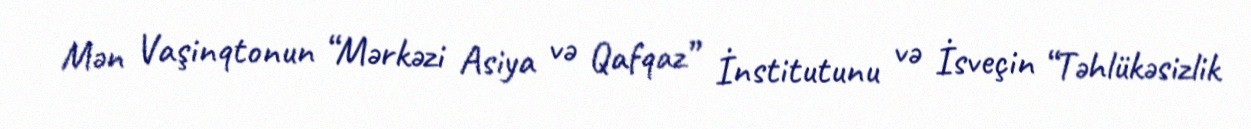
Mən Vaşinqtonun “Mərkəzi Asiya və Qafqaz” İnstitutunu və İsveçin “Təhlükəsizlik